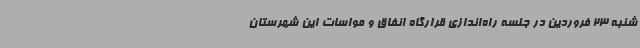
شنبه 23 فروردین در جلسه راه‌اندازی قرارگاه انفاق و مواسات این شهرستان